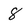
Character: 8